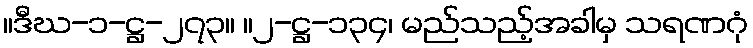
။ဒီဃ-၁-ဋ္ဌ-၂၇၃။ ။၂-ဋ္ဌ-၁၃၄၊ မည်သည့်အခါမှ သရဏဂုံ